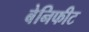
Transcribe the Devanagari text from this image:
बेनिफीट